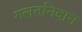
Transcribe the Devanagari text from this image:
गलतनिदान